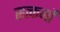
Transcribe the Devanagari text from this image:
सत्कर्मो